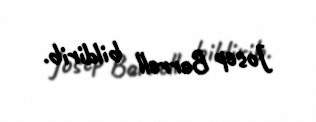
Josep Borrell bildirib.